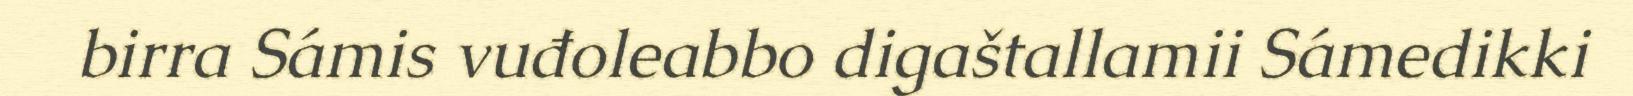
birra Sámis vuđoleabbo digaštallamii Sámedikki